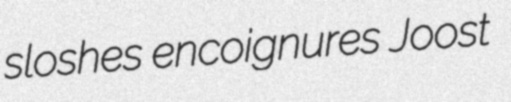
sloshes encoignures Joost